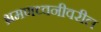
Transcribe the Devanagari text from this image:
भ्रमणध्वनीवरील